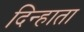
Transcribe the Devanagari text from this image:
दिन्हाता